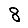
Digit: 8